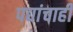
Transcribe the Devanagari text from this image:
पद्यांचाही